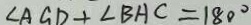
\angle A G D + \angle B A C = 1 8 0 ^ { \circ }